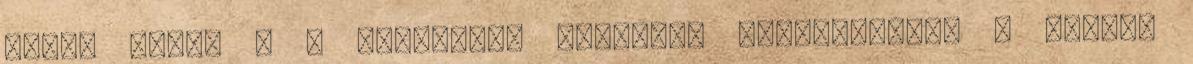
napon belül . A bevallási határidő közeledtével - egyéni